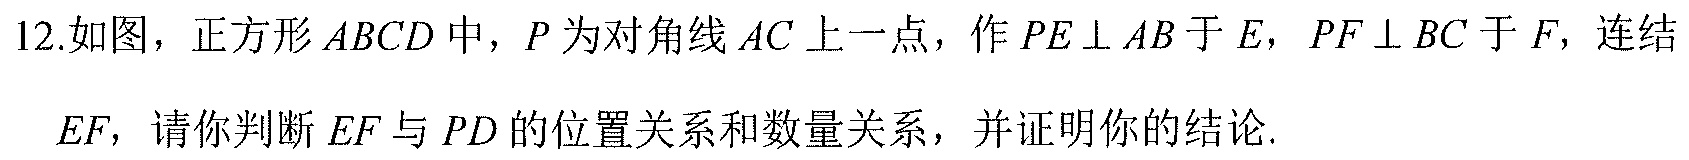
12.如图，正方形\(ABCD\)中，\(P\)为对角线\(AC\)上一点，作\(PE \perp AB\)于\(E\)，\(PF \perp BC\)于\(F\)，连结\(EF\)，请你判断\(EF\)与\(PD\)的位置关系和数量关系，并证明你的结论.